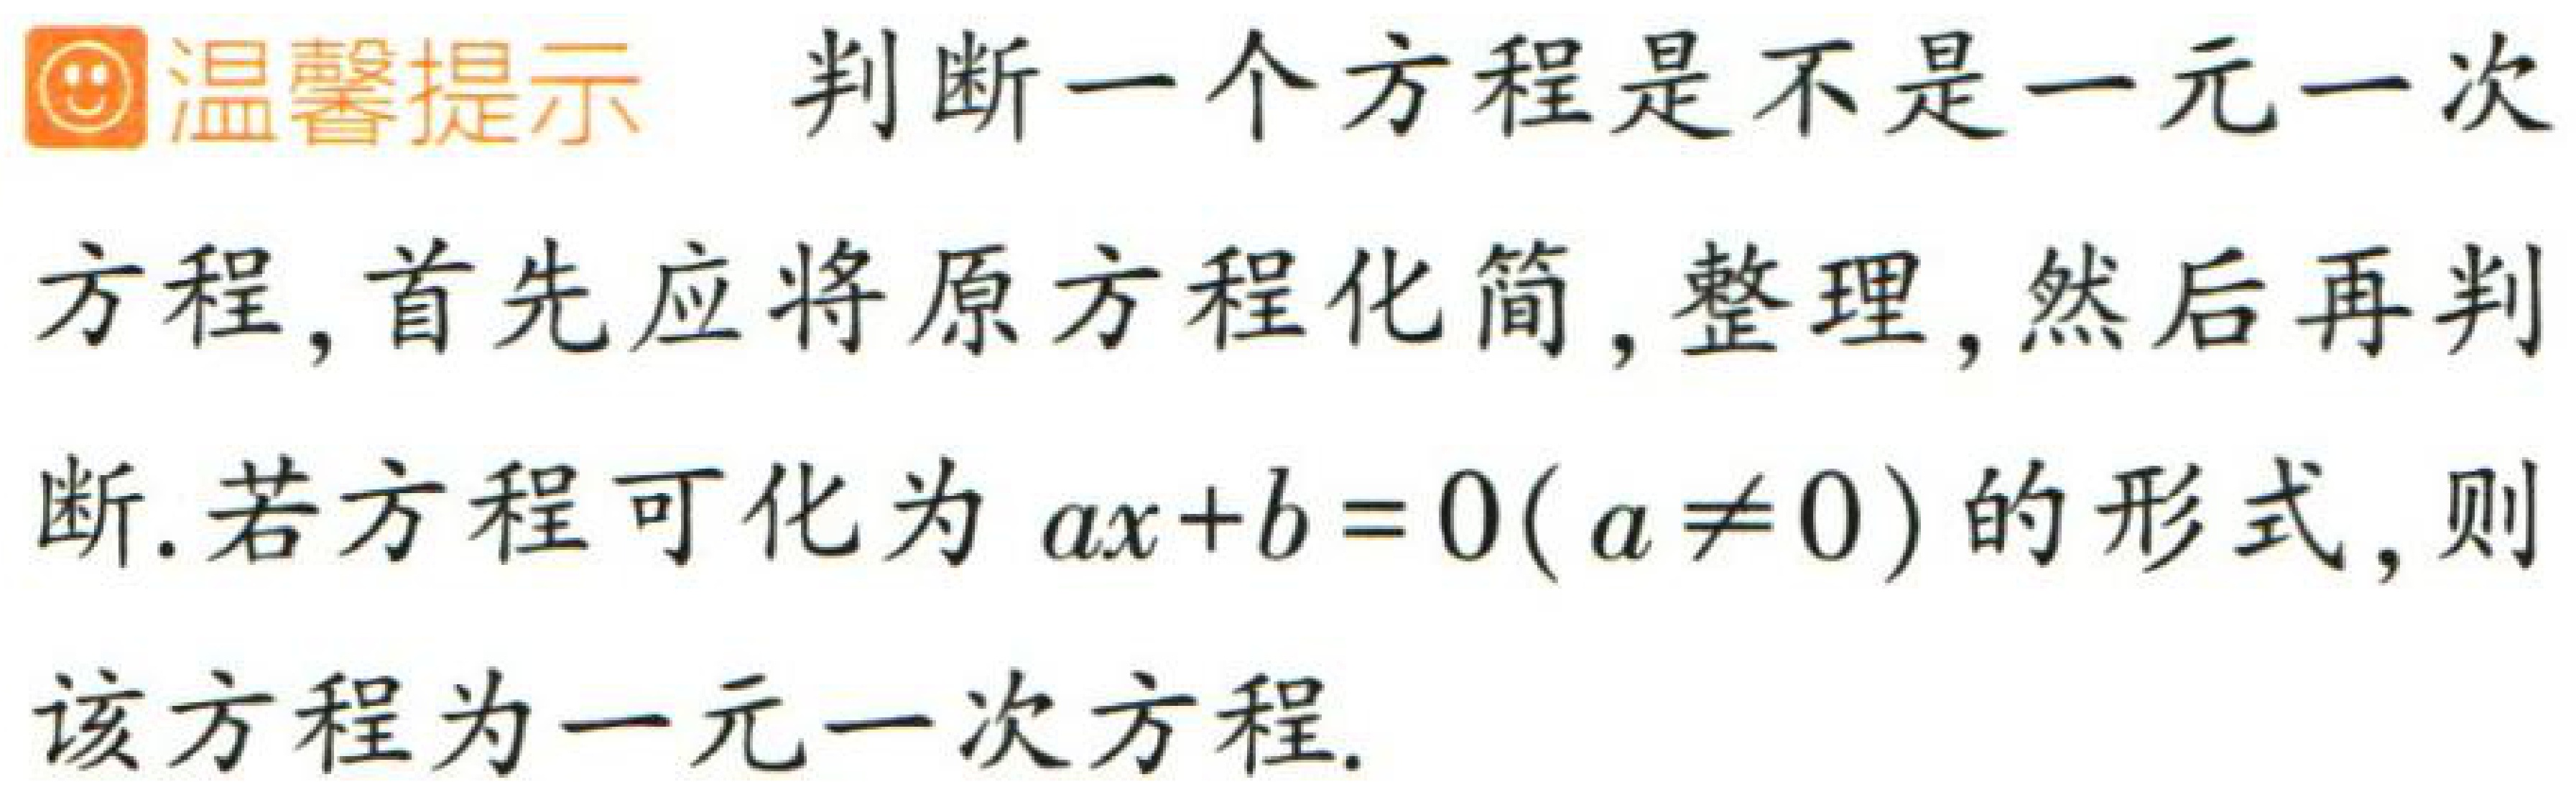
温馨提示 判断一个方程是不是一元一次方程,首先应将原方程化简,整理,然后再判断.若方程可化为 \(ax + b = 0(a\neq0)\) 的形式,则该方程为一元一次方程.